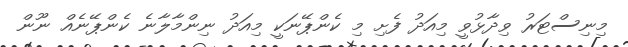
މިނިސްޓަރު ވިދާޅުވީ މިއަދު ފެށި މި ކެންޕޭނަކީ މިއަދު ނިންމާލާނެ ކެންޕޭނެއް ނޫން